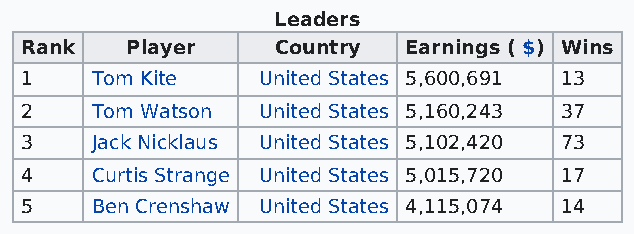
Leaders
 Rank   Player    Country  Earnings ( $) Wins
 1    Tom Kite   United States 5,600,691 13
 2    Tom Watson United States 5,160,243 37
 3    Jack Nicklaus United States 5,102,420 73
 4    Curtis Strange United States 5,015,720 17
 5    Ben Crenshaw United States 4,115,074 14